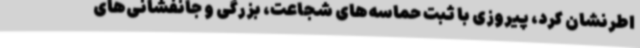
اطرنشان کرد، پیروزی با ثبت حماسه‌های شجاعت، بزرگی و جانفشانی‌های